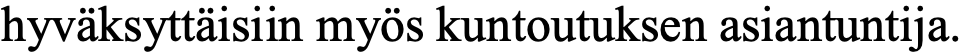
hyväksyttäisiin myös kuntoutuksen asiantuntija.